Vaccination in Burma 1920-1933 - 1920-1933
Year: 1920
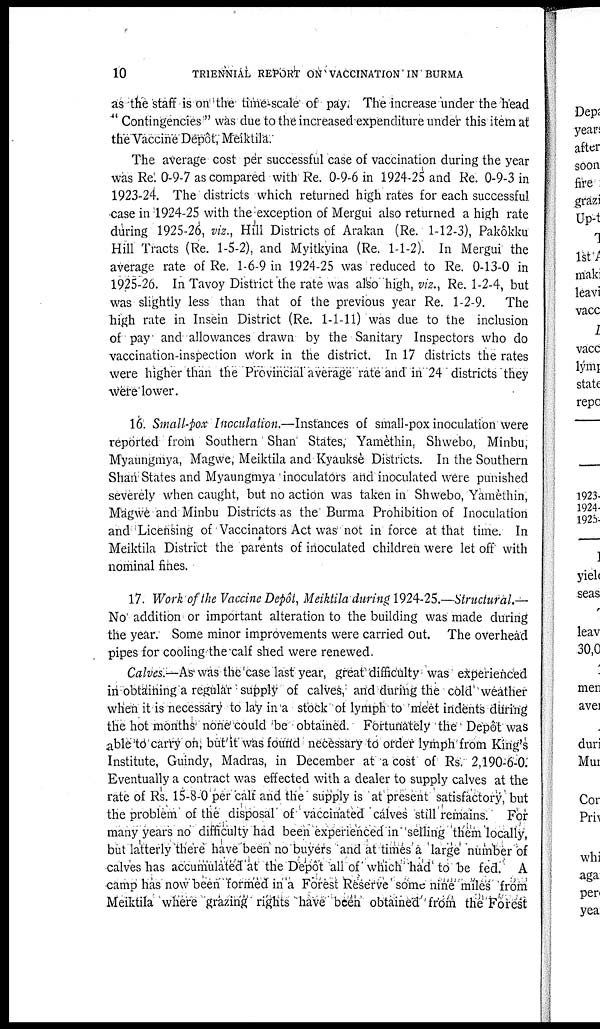
10
TRIENNIAL REPORT ON VACCINATION IN BURMA
as the staff is on the time-scale of pay; The increase under the head
"Contingencies" was due to the increased expenditure under this item at
theVaccine Depôt , Meiktila.
The average cost per successful case of vaccination during the year
was Rs. 0-9-7 as compared with Re. 0-9-6 in 1924-25 and Re. 0-9-3 in
1923-24. The districts which returned high rates for each successful
case in 1924-25 with the exception of Mergui also returned a high rate
during 1925-26, viz., Hill Districts of Arakan (Re. 1-12-3), Pakôkku
Hill Tracts (Re. 1-5-2), and Myitkyina (Re. 1-1-2). In Mergui the
average rate of Re. 1-6-9 in 1924-25 was reduced to Re. 0-13-0 in
1925-26. In Tavoy District the rate was also high, viz., Re. 1-2-4, but
was slightly less than that of the previous year Re. 1-2-9. The
high rate in Insein District (Re. 1-1-11) was due to the inclusion
of pay and allowances drawn by the Sanitary Inspectors who do
vaccination-inspection work in the district. In 17 districts the rates
were higher than the Provincial average rate and in 24 districts they
were lower.
16. Small-pox Inoculation.—Instances of small-pox inoculation were
reported from Southern Shan States, Yamèthin, Shwebo, Minbu,
Myaungmya, Magwe, Meiktila and Kyauksè Districts. In the Southern
Shan States and Myaungmya inoculators and inoculated were punished
severely when caught, but no action was taken in Shwebo, Yamèthin,
Magwe and Minbu Districts as the' Burma Prohibition of Inoculation
and Licensing of Vaccinators Act was not in force at that time. In
Meiktila District the parents of inoculated children were let off with
nominal fines.
17. Work of the Vaccine Depôt, Meiktila during 1924-25.—Structural.—
No addition or important alteration to the building was made during
the year. Some minor improvements were carried out. The overhead
pipes for cooling the calf shed were renewed.
Calves.— As was the case last year, great difficulty was experienced
in-obtaining a regular supply of calves, arid during the cold weather
when it is necessary to lay in a stock of lymph to meet indents during
the hot months none could be obtained. Fortunately the Depôt was
able to carry on, but it was found necessary to order lymph from King's
Institute, Guindy, Madras, in December at a cost of Rs. 2,190-6-0.
Eventually a contract was effected with a dealer to supply calves at the
rate of Rs. 15-8-0 per calf and the supply is at present satisfactory, but
the problem of the disposal of vaccinated calves still remains. For
many years no difficulty had been experienced in selling them locally
but latterly there have been no buyers and at times a large number of
calves has accumulated at the Depôt all of which had to be fed. A
camp has now been formed in a Forest Reserve some nine miles from
Meiktila where grazing rights have been obtained from the Forest